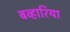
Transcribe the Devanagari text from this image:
बव्हारिया